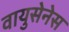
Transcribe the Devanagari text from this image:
वायुसेनेस